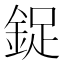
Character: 鋜